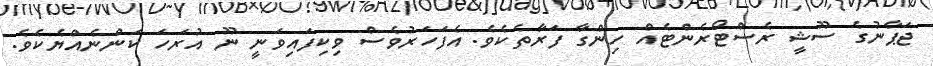
ޖަޕާނުގެ ސޫޝީ ރެސްޓޯރެންޓެއް ހިންގާ ފަރާތެކެވެ. އެފަހަރުވެސް ވިކިފައިވަނީ ނޫ އުރަހަ ކަންނެއްޔެކެވެ.